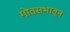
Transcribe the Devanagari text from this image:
गोतसभातून